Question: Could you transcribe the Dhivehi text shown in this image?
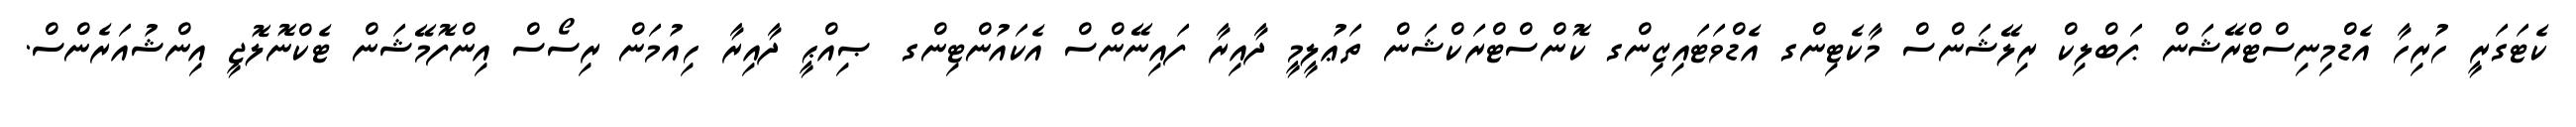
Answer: ކެޓަގަރީ ހުރިހާ އެޑްމިނިސްޓްރޭޝަން ޕަބްލިކް ރިލޭޝަންސް މާކެޓިންގ އެޑްވަޓައިޒިންގ ކޮންސްޓްރަކްޝަން ތަޢުލީމީ ދާއިރާ ފައިނޭންސް އެކައުންޓިންގ ޞިއްޙީ ދާއިރާ ހިއުމަން ރިސޯސް އިންފޮމޭޝަން ޓެކްނޮލޮޖީ އިންޝުއަރެންސް.